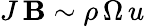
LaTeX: J\, \mathbf{B}\sim\rho\, \Omega\, u